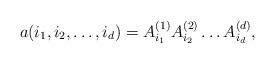
LaTeX: \begin{align*} a(i_1,i_2,\ldots,i_d) = A^{(1)}_{i_1} A^{(2)}_{i_2} \ldots A^{(d)}_{i_d}, \end{align*}